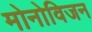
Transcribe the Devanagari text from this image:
मोनोविजन